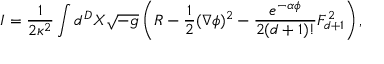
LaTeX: I = \frac { 1 } { 2 \kappa ^ { 2 } } \int d ^ { D } X \sqrt { - g } \left( R - \frac { 1 } { 2 } ( \nabla \phi ) ^ { 2 } - \frac { e ^ { - \alpha \phi } } { 2 ( d + 1 ) ! } F _ { d + 1 } ^ { 2 } \right) ,